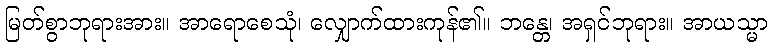
မြတ်စွာဘုရားအား။ အာရောစေသုံ၊ လျှောက်ထားကုန်၏။ ဘန္တေ၊ အရှင်ဘုရား။ အာယသ္မာ